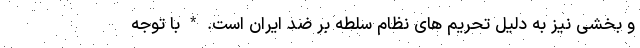
و بخشی نیز به دلیل تحریم های نظام سلطه بر ضد ایران است. * با توجه